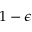
1 - \epsilon